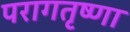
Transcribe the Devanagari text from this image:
परागतृष्णा